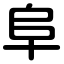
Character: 阜